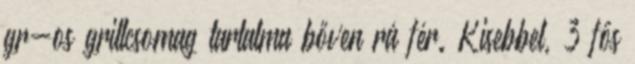
gr-os grillcsomag tartalma bőven rá fér. Kisebbel, 3 fős